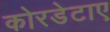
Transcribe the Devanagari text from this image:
कोरडेटाए